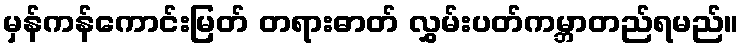
မှန်ကန်ကောင်းမြတ် တရားဓာတ် လွှမ်းပတ်ကမ္ဘာတည်ရမည်။